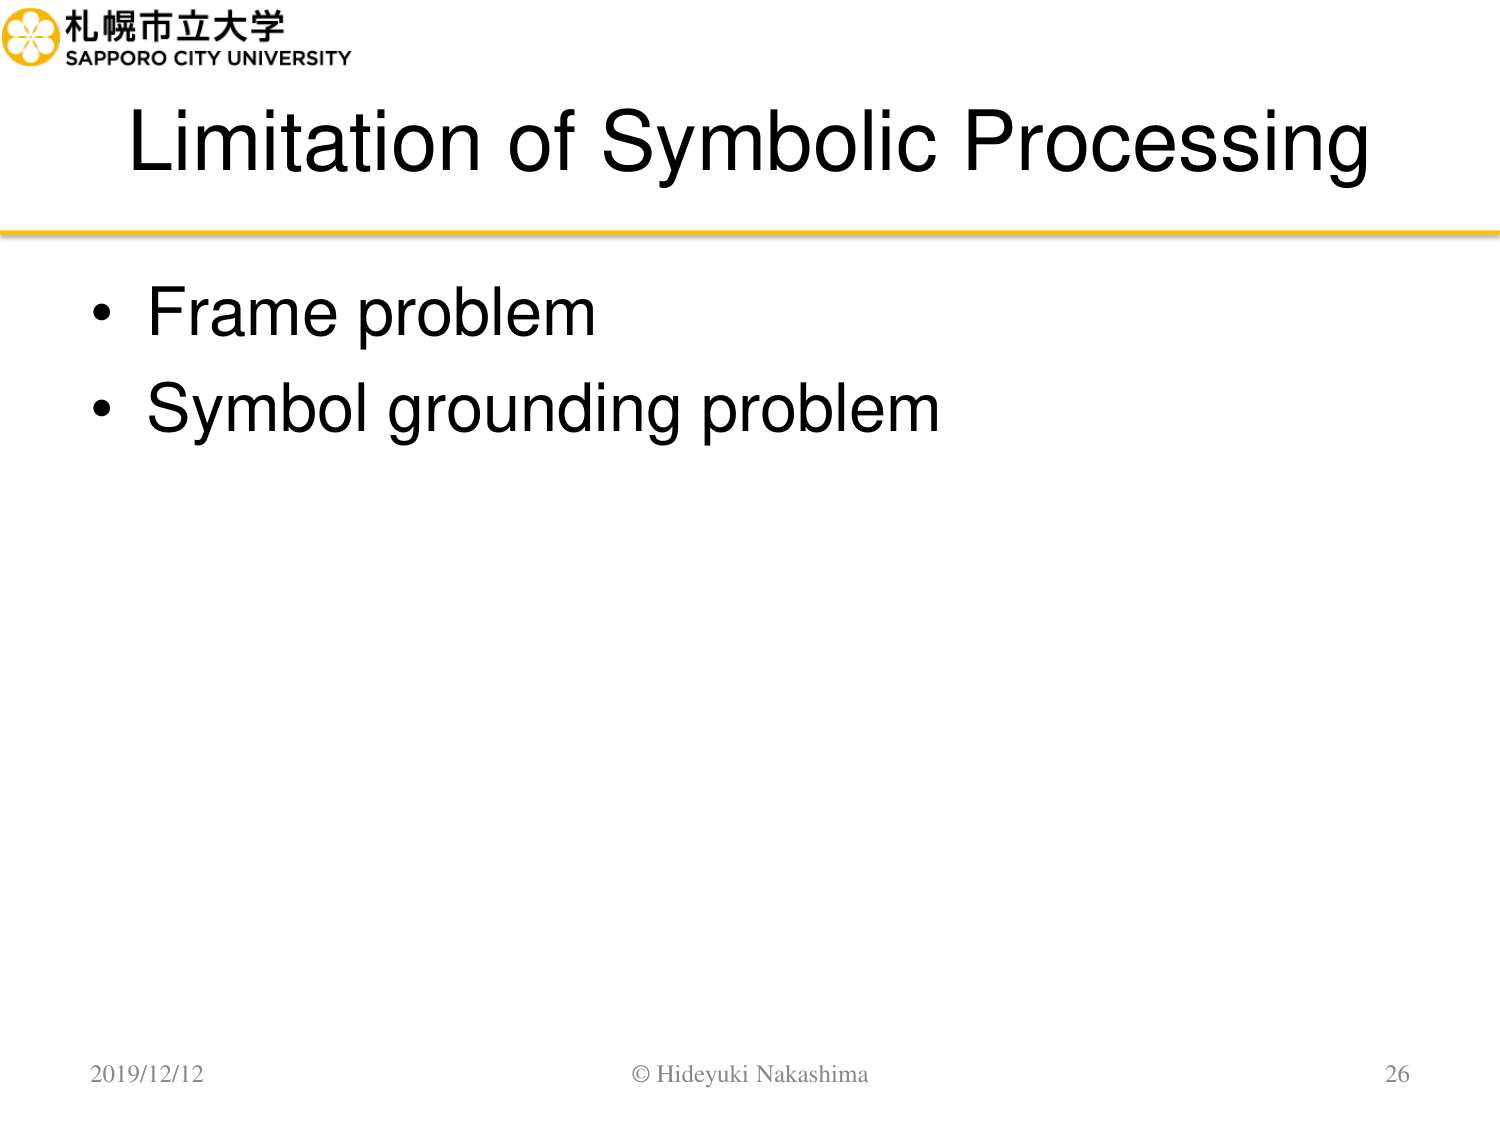
札幌市立大学
SAPPORO CITY UNIVERSITY
Limitation of Symbolic Processing
• Frame problem
• Symbol grounding problem
2019/12/12
© Hideyuki Nakashima
26